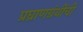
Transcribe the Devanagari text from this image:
प्रघ्राणग्रंथींची